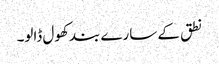
نطق کے سارے بند کھول ڈالو۔